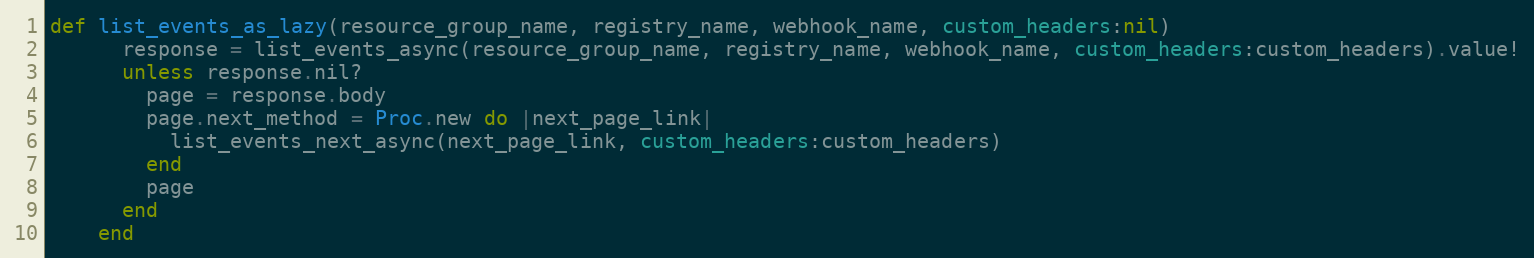
Language: Ruby
def list_events_as_lazy(resource_group_name, registry_name, webhook_name, custom_headers:nil)
      response = list_events_async(resource_group_name, registry_name, webhook_name, custom_headers:custom_headers).value!
      unless response.nil?
        page = response.body
        page.next_method = Proc.new do |next_page_link|
          list_events_next_async(next_page_link, custom_headers:custom_headers)
        end
        page
      end
    end